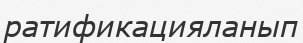
ратификацияланып